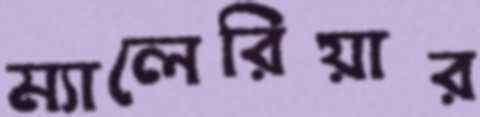
ম্যালেরিয়ার